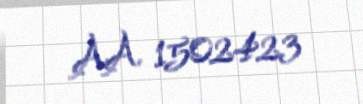
AA 1502423